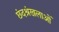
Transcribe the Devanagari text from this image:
छंदश्रंखलाओं